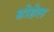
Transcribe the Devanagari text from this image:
ग्रोहेल